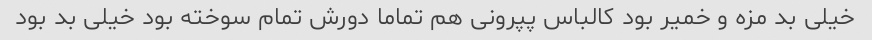
خیلی بد مزه و خمیر بود کالباس پپرونی هم تماما دورش تمام سوخته بود خیلی بد بود